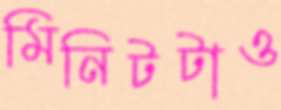
মিনিটটাও